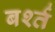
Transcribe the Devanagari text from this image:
बर्श्त